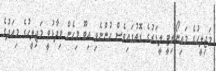
މަޖިލީހުގެ މައިނޯރިޓީ ލީޑަރުގެ ގޮތުގައިވެސް ހުންނެވި އިބޫ މިހެން ވިދާޅުވީ މަޖިލީހުގެ މިއަދުގެ